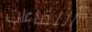
اللقاءات